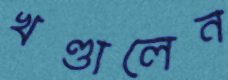
খণ্ডালেন